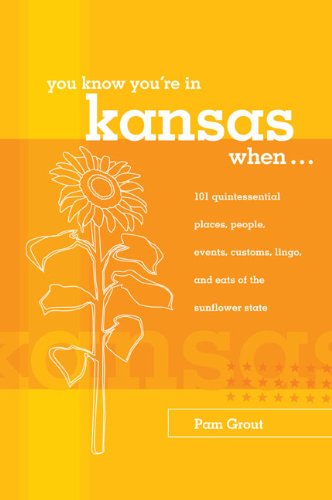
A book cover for You Know You're in Kansas When...: 101 Quintessential Places, People, Events, Customs, Lingo, and Eats of the Sunflower State (You Know You're In Series); Pam Grout; Travel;